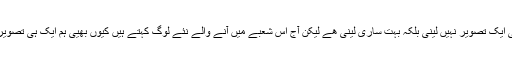
ہمیں سکھایا گیا کہ کبھی بھی کسی چیز کی ایک تصویر نہیں لینی بلکہ بہت ساری لینی ھے لیکن آج اس شعبے میں آنے والے نئے لوگ کہتے ہیں کیوں بھیی ہم ایک ہی تصویر لیں گے زیادہ لینے کی کیا ضرورت ہے۔